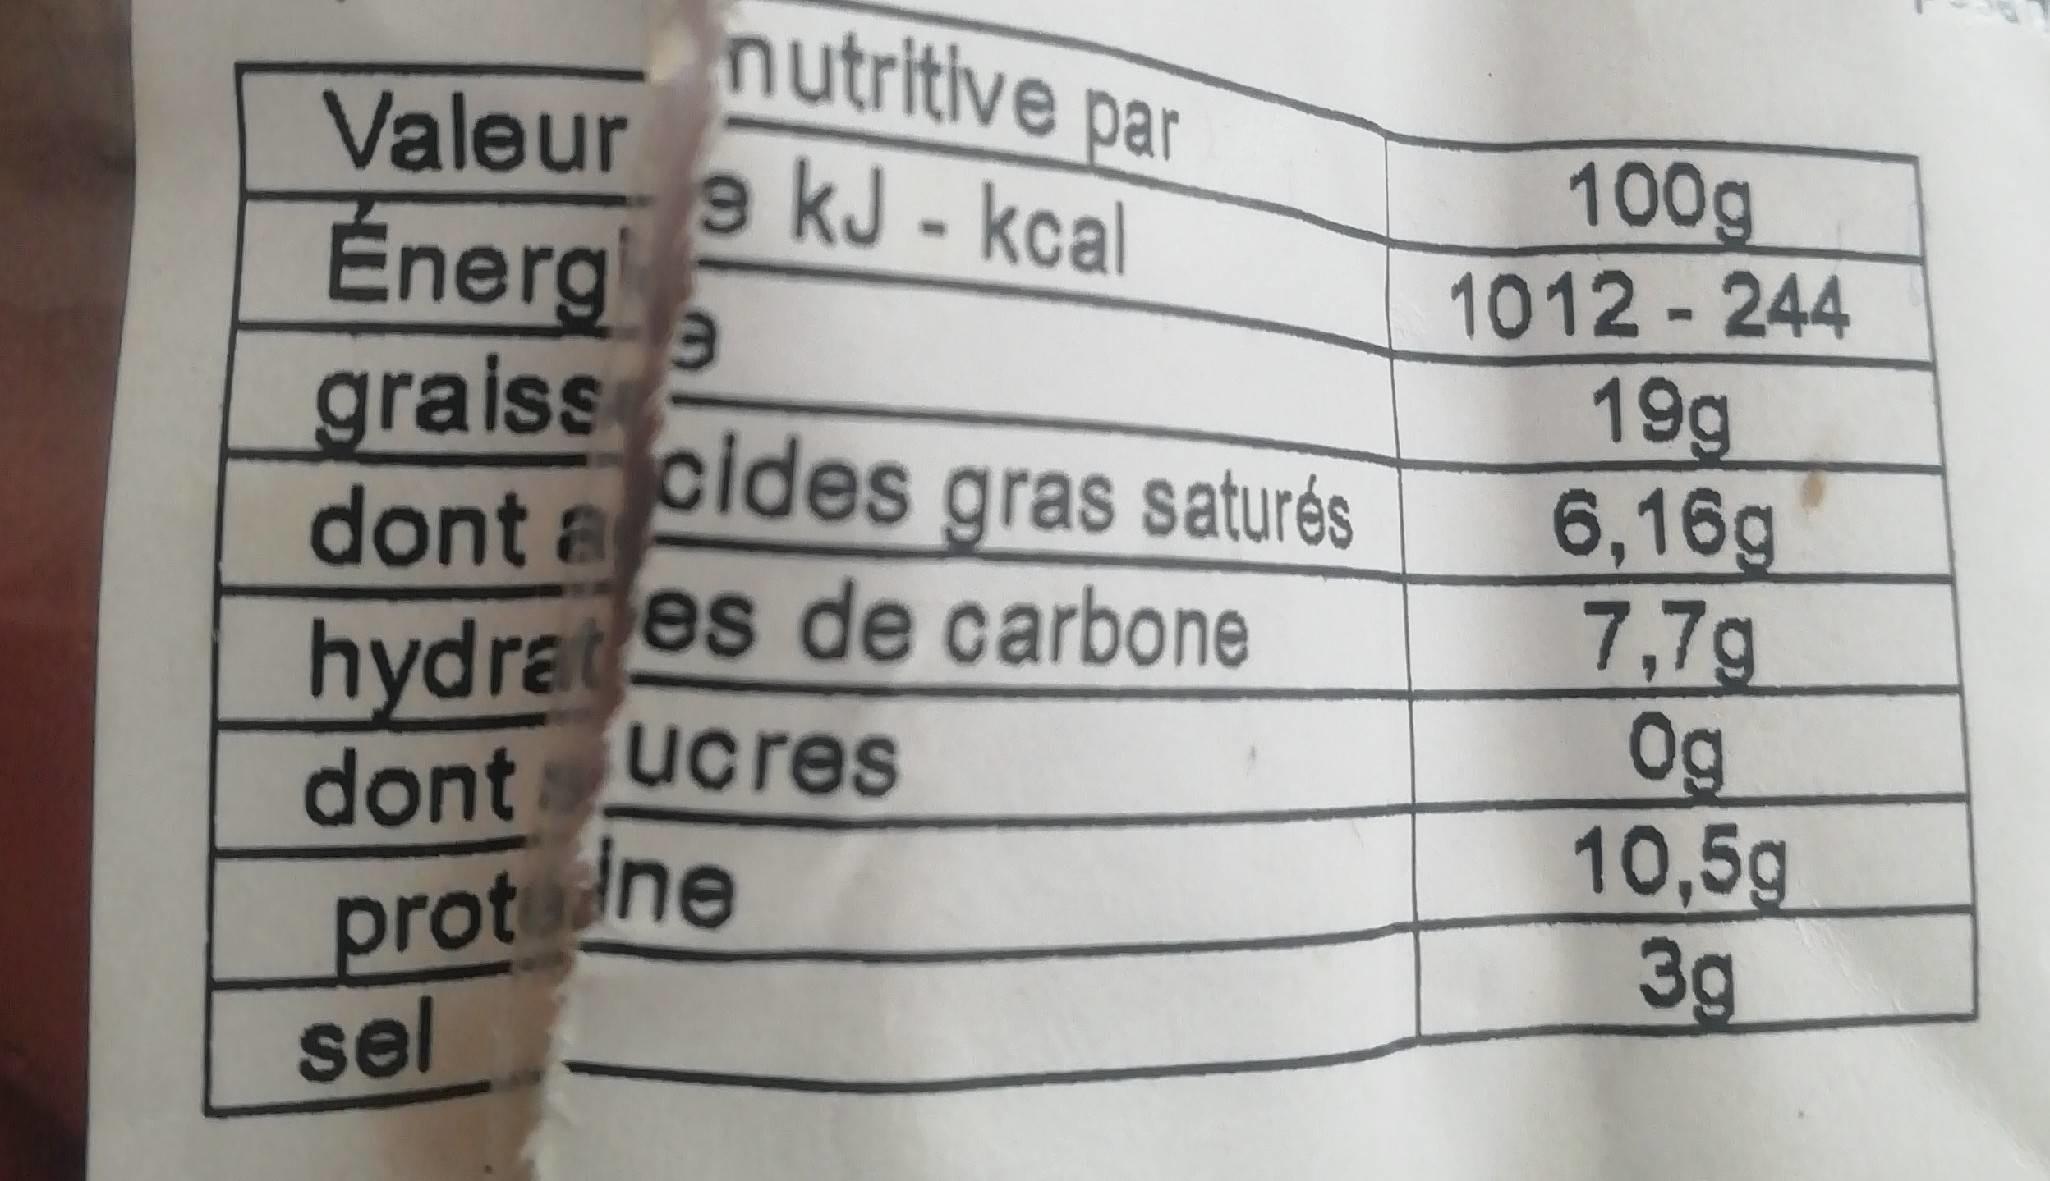
nutritive par
Valeur Energ graiss dont a
e kJ - kcal
100g
1012 - 244
19g 6,16g 7,7g 0g 10,5g 3g
cides gras saturés
es de carbone
hydrat dont ucres
prot ne sel